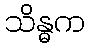
သိန္ဓက